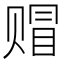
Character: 赗